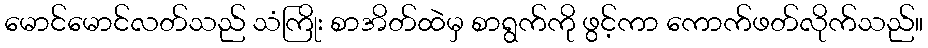
မောင်မောင်လတ်သည် သံကြိုး စာအိတ်ထဲမှ စာရွက်ကို ဖွင့်ကာ ကောက်ဖတ်လိုက်သည်။